system: You are a helpful assistant.
user:
Analyze the provided spectrum to determine if it is a **M-type Giant (gM)**.

A M-type Giant spectrum is defined by its **strong molecular absorption** features, particularly from **Titanium Oxide (TiO)**. You must check for one of the following mutually exclusive signatures:

- **Key Visual Indicators (Absorption-Dominated Spectrum):**

    - **(Primary):** The spectrum is dominated by strong molecular absorption from **Titanium Oxide (TiO)**. This is the **defining feature** of its M-type temperature class.
        - **(Key Bandheads):** Look for sharp, "saw-tooth" absorption valleys. The strongest are located near **~7050 Å**, **~6160 Å**, and **~5170 Å**.
        - **(Line Profile):** The "saw-tooth" morphology is critical: a **sharp, steep drop on the BLUE (short-wavelength) side** of the bandhead, followed by a gradual recovery (rising flux) towards the RED (long-wavelength) side.

    - **(Key Confirmation - Giant vs. Dwarf):** **ABSENCE** of strong **Calcium Hydride (CaH)** molecular bands. This is the primary diagnostic for *excluding* M-dwarfs.
        - **(Key Region):** The spectrum should lack the strong, broad absorption band seen in dwarfs between **~6800 Å and ~7000 Å**.

    - **(Secondary Confirmation - Giant):** A very strong and broad **Neutral Calcium (Ca I)** atomic absorption line.
        - **(Key Line):** Located at **~4226 Å**. In a giant (gM), this line is significantly deeper and broader than the same line in an M-dwarf (dM) due to low surface gravity.

    - **(Overall Spectrum):**
        - The continuum is **extremely red-sloping** (i.e., flux is very low in the blue and rises dramatically towards the red).
        - The entire spectrum appears "chopped up" by the deep TiO bands.

Think first, call **spectral_visualization_tool** if needed to examine features in detail, then provide your final answer. Your response must adhere to the following strict rules:
1.  **Overall Structure:** Your response must follow the format `<think>...</think> <tool_call>...</tool_call> (if a tool is used) <answer>...</answer>`.
2.  **Tool Usage Constraint:** You may only make **one** tool call per turn.
3.  **Final Answer Format:** In the `<answer>` tag, your conclusion must be inside a `\boxed{}` command (e.g., `\boxed{YES}` or `\boxed{NO}`), followed by your justification.

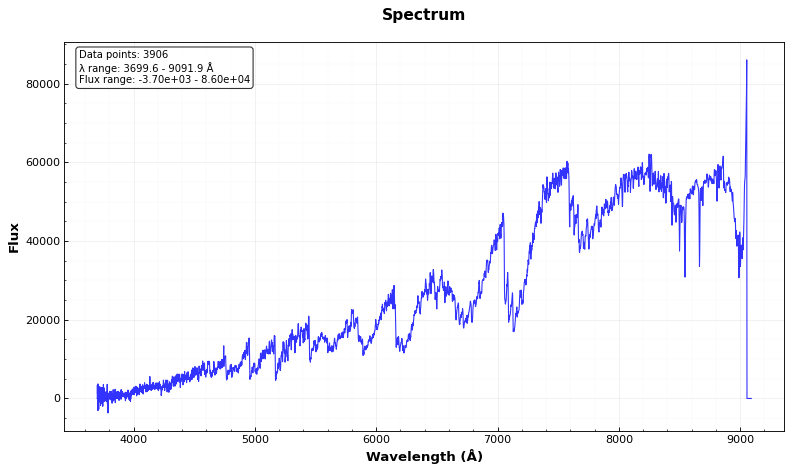
Answer: YES